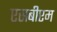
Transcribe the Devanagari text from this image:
एसबीएम